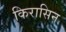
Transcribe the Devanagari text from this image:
किरासिन